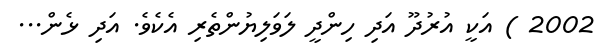
2002 ) އަކީ އުރުދޫ އަދި ހިންދީ ލަވަލިޔުންތެރި އެކެވެ. އަދި ޅެން...